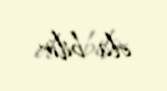
ola bilir.